Report of the Indian Hemp Drugs Commission, 1894-1895 - Volume III
Year: 1894
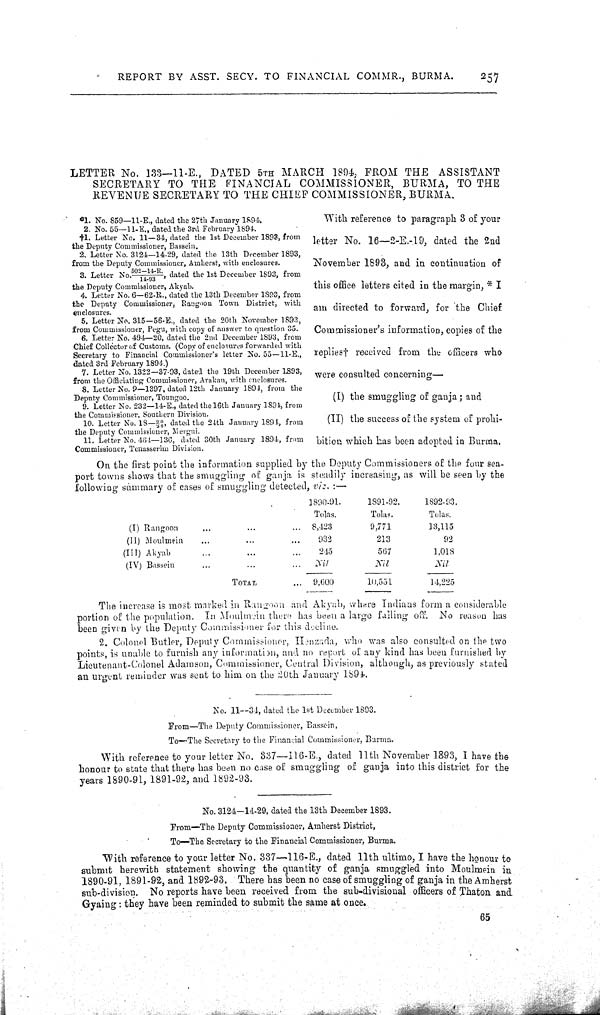
REPORT BY ASST. SECY. TO FINANCIAL COMMR., BURMA.
257
LETTER No. 133—11-E., DATED 5TH MARCH 1894, FROM THE ASSISTANT
SECRETARY TO THE FINANCIAL COMMISSIONER, BURMA, TO THE
REVENUE SECRETARY TO THE CHIEF COMMISSIONER, BURMA.
*1. No. 859—11-E., dated the 27th January 1894.
2. No. 55—11-E., dated the 3rd February 1894.
†1. Letter No. 11—34, dated the 1st December 1893, from
the Deputy Commissioner, Bassein.
2. Letter No. 3124—14-29, dated the 13th December 1893,
from the Deputy Commissioner, Amherst, with enclosures.
3. Letter No. 502—14-R. / 14-93, dated the 1st December 1893, from
the Deputy Commissioner, Akyab.
4. Letter No. 6—62-R., dated the 13th December 1893, from
the Deputy Commissioner, Rangoon Town District, with
enclosures.
5. Letter No. 315—56-E., dated the 20th November 1893,
from Commissioner, Pegu, with copy of answer to question 35.
6. Letter No. 494—20, dated the 2nd December 1893, from
Chief Collector of Customs. (Copy of enclosures forwarded with
Secretary to Financial Commissioner's letter No. 55—11-E.,
dated 3rd February 1894.)
7. Letter No. 1322—37-93, dated the 19th December 1893,
from the Officiating Commissioner, Arakan, with enclosures.
8. Letter No. 9—1397, dated 12th January 1894, from the
Deputy Commissioner, Toungoo.
9. Letter No. 232—14-E., dated the 16th January 1894, from
the Commissioner, Southern Division.
10. Letter No. 18—20/ 30, dated the 24th January 1894, from
the Deputy Commissioner, Mergui.
11. Letter No. 464—136, dated 30th January 1894, from
Commissioner, Tenasserim Division.
With reference to paragraph 3 of your
letter No. 16—2-E.-19, dated the 2nd
November 1893, and in continuation of
this office letters cited in the margin, * I
am directed to forward, for the Chief
Commissioner's information, copies of the
replies† received from the officers who
were consulted concerning—
(I) the smuggling of ganja; and
(II) the success of the system of prohi-
bition which has been adopted in Burma.
On the first point the information supplied by the Deputy Commissioners of the four sea-
port towns shows that the smuggling of ganja is steadily increasing, as will be seen by the
following summary of cases of smuggling detected, viz.:—
1890-91.
1891-92.
1892-93.
Tolas.
Tolas.
Tolas.
(I) Rangoon
8,423
9,771
13,115
(II) Moulmein
932
213
92
(III) Akyab
245
567
1,018
(IV) Bassein
Nil
Nil
Nil
TOTAL
9,600
10,551
14,225
The increase is most marked in Rangoon and Akyab, where Indians form a considerable
portion of the population. In Mouhnein there has been a large falling off. No reason has
been given by the Deputy Commissioner for this decline.
2. Colonel Butler, Deputy Commissioner, Henzada, who was also consulted on the two
points, is unable to furnish any information, and no report of any kind has been furnished by
Lieutenant-Colonel Adamson, Commissioner, Central Division, although, as previously stated
an urgent reminder was sent to him on the 20th January 1894.
No. 11—34, dated the 1st December 1893.
From—The Deputy Commissioner, Bassein,
To—The Secretary to the Financial Commi ssi oner, Burma.
With reference to your letter No. 337—116-E., dated 11th November 1893, I have the
honour to state that there has been no case of smuggling of ganja into this district for the
years 1890-91, 1891-92, and 1892-93.
No. 3124-14-29, dated the 13th December 1893.
From—The Deputy Commissioner, Amherst District,
To—The Secretary to the Financial Commissioner, Burma.
With reference to your letter No. 337—116-E., dated 11th ultimo, I have the honour to
submit herewith statement showing the quantity of ganja smuggled into Moulmein in
1890-91, 1891-92, and 1892-93. There has been no case of smuggling of ganja in the Amherst
sub-division. No reports have been received from the sub-divisional officers of Thaton and
Gyaing: they have been reminded to submit the same at once.
65